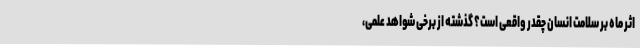
اثر ماه بر سلامت انسان چقدر واقعی است؟ گذشته از برخی شواهد علمی،